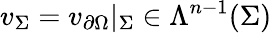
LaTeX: v_{\Sigma}=v_{\partial\Omega}|_{\Sigma}\in\Lambda^{n-1}(\Sigma)